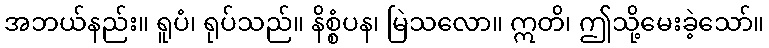
အဘယ်နည်း။ ရူပံ၊ ရုပ်သည်။ နိစ္စံပန၊ မြဲသလော။ ဣတိ၊ ဤသို့မေးခဲ့သော်။